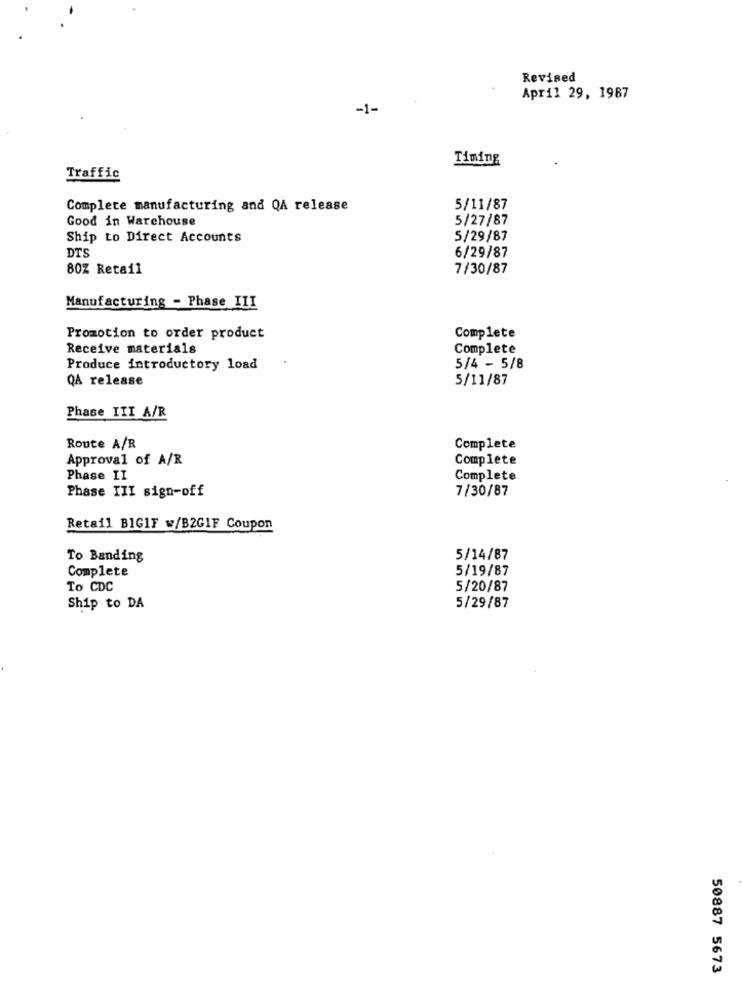
Revised
April 29, 1987
-1-
Timing
Traffic
Complete manufacturing and QA release
5/11/87
Good in Warehouse
5/27/87
Ship to Direct Accounts
5/29/87
DTS
6/29/87
80% Retail
7/30/87
Manufacturing - Phase III
Promotion to order product
Complete
Receive materials
Complete
Produce introductory load
5/4 - 5/8
QA release
5/11/87
Phase III A/R
Route A/R
Complete
Approval of A/R
Complete
Phase II
Complete
Phase III sign-off
7/30/87
Retail BIGIF w/B2GIF Coupon
To Banding
5/14/87
Complete
5/19/87
To CDC
5/20/87
Ship to DA
5/29/87
50887 5673